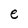
Character: e